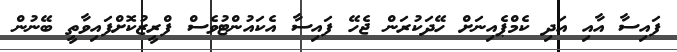
ފައިސާ އާއި އަދި ކެމްޕެއިނަށް ހޭދަކުރަން ޖެހޭ ފައިސާ އެކައުންޓުވެސް ފްރީޒުކޮށްފައިވާތީ ބޭނުން